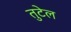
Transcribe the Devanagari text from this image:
तुटेल